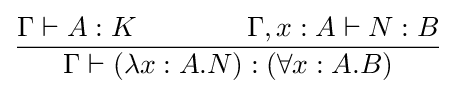
{\Gamma \vdash A:K\qquad \qquad \Gamma ,x:A\vdash N:B \over {\Gamma \vdash (\lambda x:A.N):(\forall x:A.B)}}